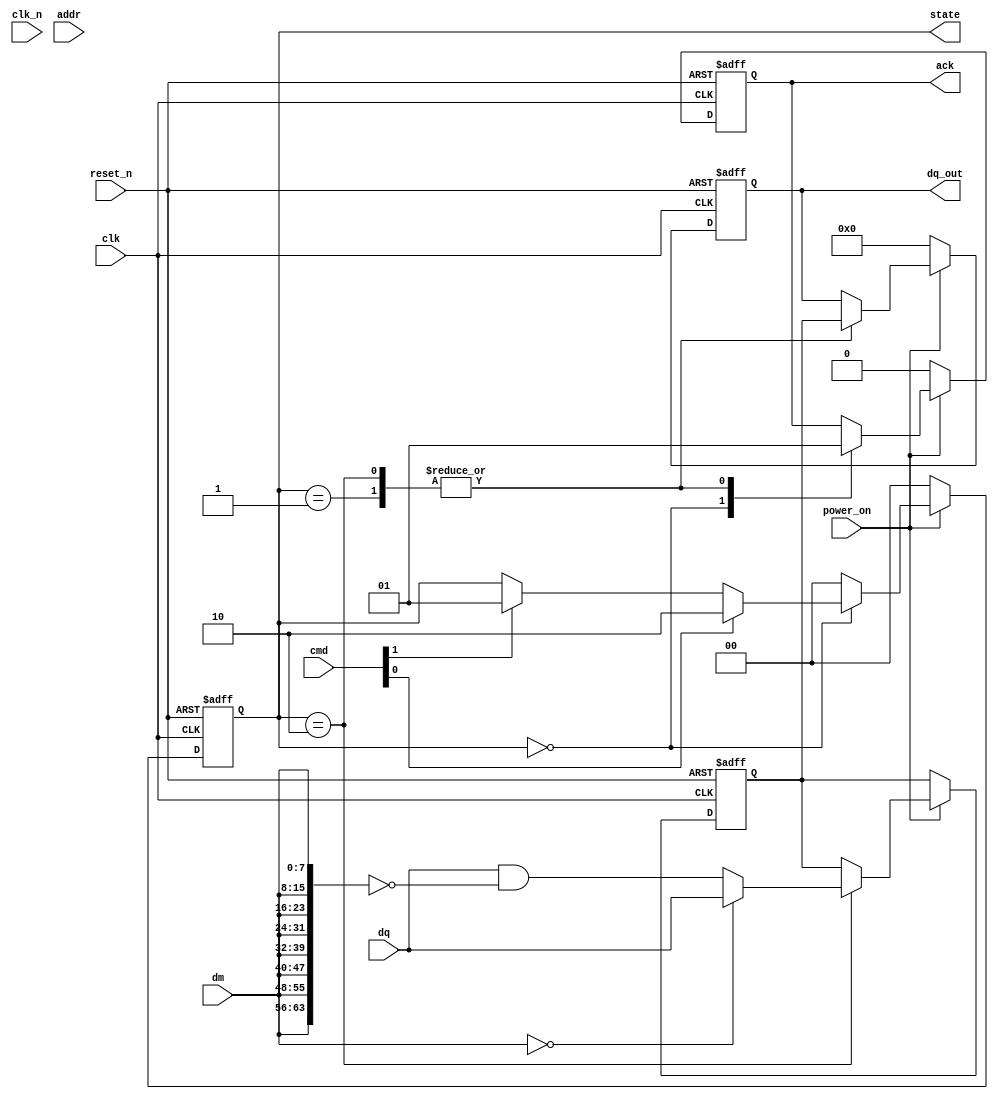
module lpddr_io_block(
    input wire clk,
    input wire clk_n,                // Inverted clock signal
    input wire [63:0] dq,            // Data input/output
    input wire [7:0] dm,             // Data mask
    input wire [2:0] cmd,            // Command signals
    input wire [2:0] addr,           // Address signals
    input wire power_on,             // Power on signal
    input wire reset_n,              // Asynchronous reset
    output reg [63:0] dq_out,        // Data output
    output reg ack,                  // Acknowledge signal
    output reg [1:0] state           // State indication (idle, read, write)
);

    // Timing parameters (these should be adjusted based on specifications)
    parameter tRCD = 10;     // Example timing parameter
    parameter tCAS = 15;
    parameter tRP = 12;
    
    // State encoding
    localparam IDLE = 2'b00;
    localparam READ = 2'b01;
    localparam WRITE = 2'b10;

    // Internal signals
    reg [63:0] data_reg;
    
    // Power management (simplified)
    always @(posedge clk or negedge reset_n) begin
        if (!reset_n) begin
            // Reset logic
            state <= IDLE;
            ack <= 1'b0;
            data_reg <= 64'b0;
            dq_out <= 64'b0;
        end else if (power_on) begin
            case(state)
                IDLE: begin
                    ack <= 1'b0;
                    if (cmd[0]) begin  // If write command
                        state <= WRITE;
                    end else if (cmd[1]) begin  // If read command
                        state <= READ;
                    end
                end
                
                WRITE: begin
                    // Perform write operation (masking data as needed)
                    if (dm == 8'b0) begin  // No mask
                        data_reg <= dq;
                    end else begin
                        data_reg <= dq & ~{8{dm}}; // Mask logic
                    end
                    dq_out <= data_reg; // Forward data to output
                    ack <= 1'b1;  // Acknowledge write
                    state <= IDLE; // Go back to idle
                end
                
                READ: begin
                    dq_out <= data_reg; // Output the previously written data
                    ack <= 1'b1;  // Acknowledge read
                    state <= IDLE; // Go back to idle
                end
                
                default: state <= IDLE;
            endcase
        end else begin
            // Power off logic
            state <= IDLE;
            ack <= 1'b0;
            dq_out <= 64'b0;
        end
    end

endmodule